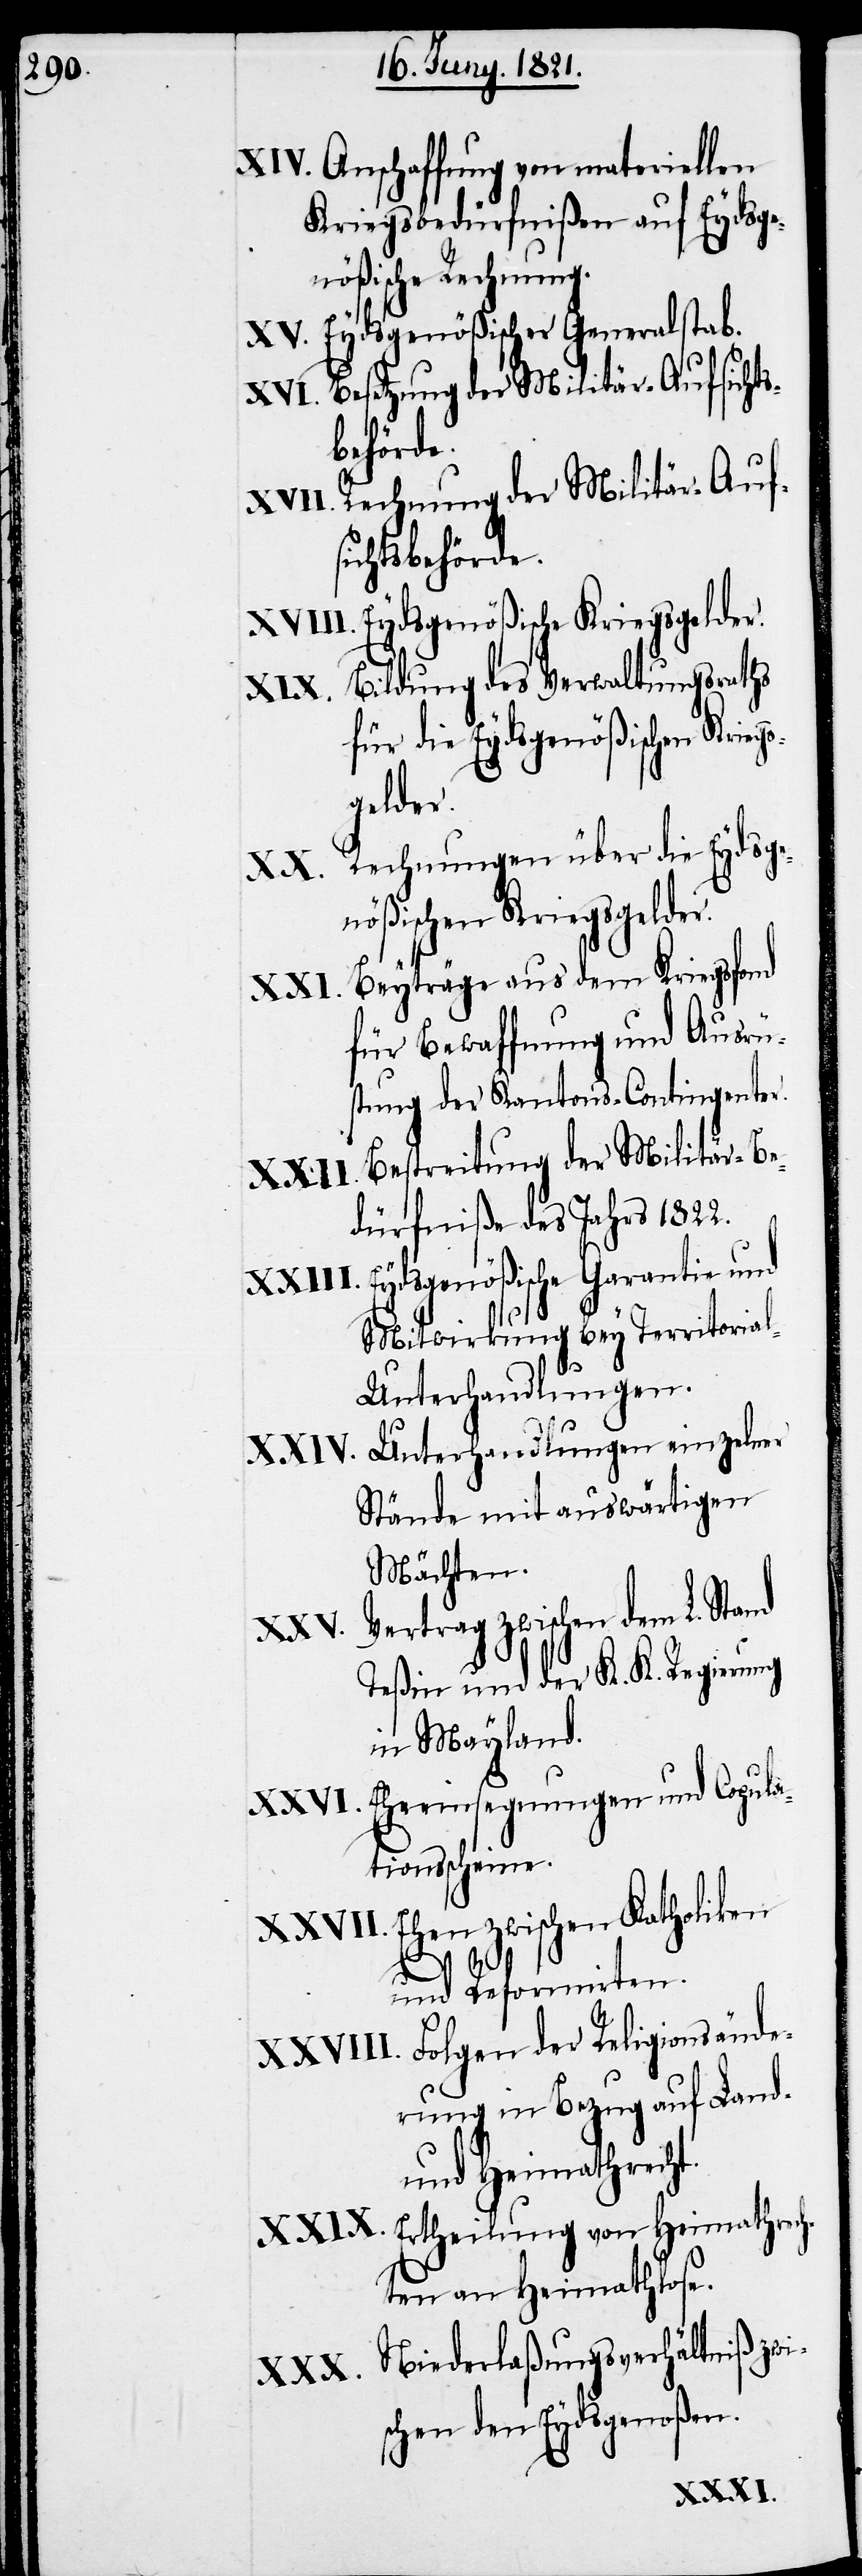
Anschaffung von materiellen
Kriegsbedürfnißen auf Eydsge¬
nößische Rechnung.
Eydsgenößischer Generalstab.
Besetzung der Militär-Aufsichts¬
behörde.
Rechnung der Militär-Auf¬
sichtsbehörde.
Eydsgenößische Kriegsgelder.
Bildung des Verwaltungsraths
für die Eydsgenößischen Krieg¬
sgelder.
Rechnungen über die Eydsge¬
nößischen Kriegsgelder.
Beyträge aus dem Kriegsfond
für Bewaffnung und Ausrü¬
stung der Kantons-Contingenter.
Bestreitung der Militär-Be¬
dürfniße des Jahres 1822.
Eydsgenößische Garantie und
Mitwirkung bey Territoria¬
l-Unterhandlungen.
Unterhandlungen einzelner
Stände mit auswärtigen
Mächten.
Vertrag zwischen dem L. Stand
Teßin und der K. K. Regierung
in Mayland.
Eheeinsegnungen und Copula¬
tionsscheine.
Ehen zwischen Katholiken
und Reformirten.
Folgen der Religionsände¬
rung in Bezug auf Land-
und Heimathrecht.
Ertheilung von Heimathrech¬
ten an Heimathlose.
Niederlaßungsverhältniße zwi¬
schen den Eydsgenoßen.